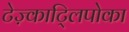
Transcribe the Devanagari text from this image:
टेज़्काट्लिपोका